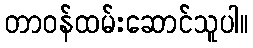
တာဝန်ထမ်းဆောင်သူပါ။